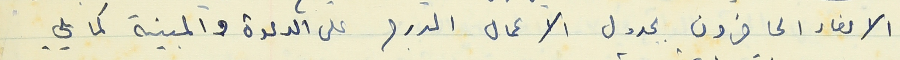
الاعضاء الحاضرون بجدول الاعمال المدرج على الدعوة والمبينة كما يلي